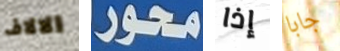
الالاف محور إذا جابا